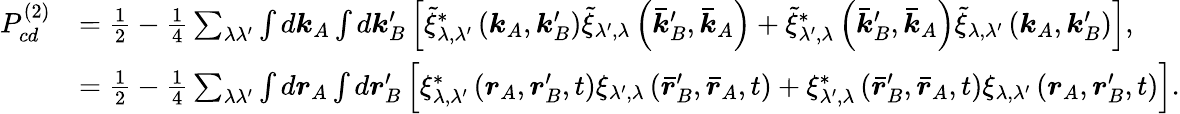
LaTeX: \begin{array}{rl}{P_{cd}^{(2)}}&{=\frac{1}{2}-\frac{1}{4}\sum_{\lambda\lambda^{\prime}}\int d\boldsymbol{k}_{A}\int d\boldsymbol{k}_{B}^{\prime}\left[\tilde{\xi}_{\lambda,\lambda^{\prime}}^{*}\left(\boldsymbol{k}_{A},\boldsymbol{k}_{B}^{\prime}\right)\tilde{\xi}_{\lambda^{\prime},\lambda}\left(\boldsymbol{\bar{k}}_{B}^{\prime},\boldsymbol{\bar{k}}_{A}\right)+\tilde{\xi}_{\lambda^{\prime},\lambda}^{*}\left(\boldsymbol{\bar{k}}_{B}^{\prime},\boldsymbol{\bar{k}}_{A}\right)\tilde{\xi}_{\lambda,\lambda^{\prime}}\left(\boldsymbol{k}_{A},\boldsymbol{k}_{B}^{\prime}\right)\right],}\\ &{=\frac{1}{2}-\frac{1}{4}\sum_{\lambda\lambda^{\prime}}\int d\boldsymbol{r}_{A}\int d\boldsymbol{r}_{B}^{\prime}\left[\xi_{\lambda,\lambda^{\prime}}^{*}\left(\boldsymbol{r}_{A},\boldsymbol{r}_{B}^{\prime},t\right)\xi_{\lambda^{\prime},\lambda}\left(\boldsymbol{\bar{r}}_{B}^{\prime},\boldsymbol{\bar{r}}_{A},t\right)+\xi_{\lambda^{\prime},\lambda}^{*}\left(\boldsymbol{\bar{r}}_{B}^{\prime},\boldsymbol{\bar{r}}_{A},t\right)\xi_{\lambda,\lambda^{\prime}}\left(\boldsymbol{r}_{A},\boldsymbol{r}_{B}^{\prime},t\right)\right].}\end{array}